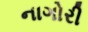
નાગોરી